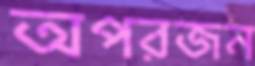
অপরজন